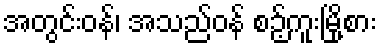
အတွင်းဝန်၊ အသည်ဝန် စဉ့်ကူးမြို့စား